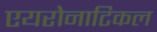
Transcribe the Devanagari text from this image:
एयरोनाटिकल